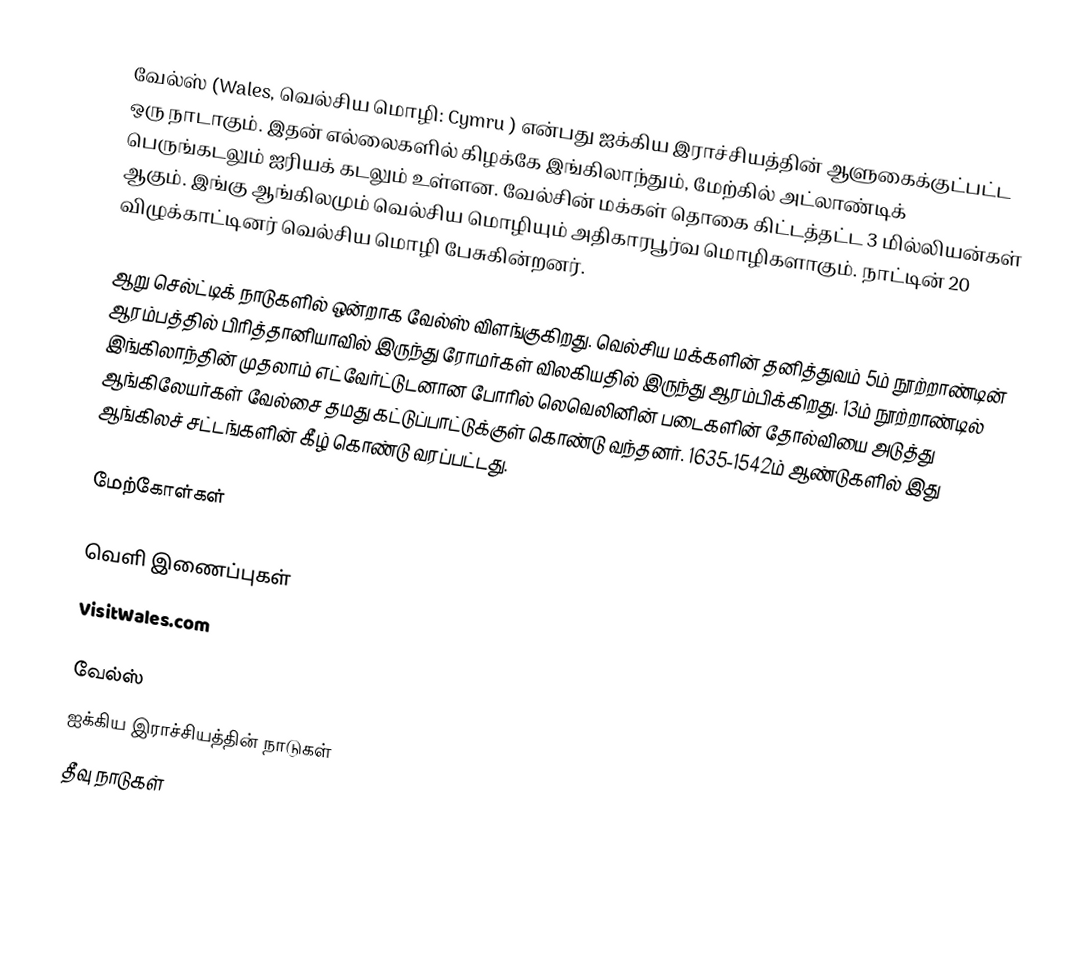
வேல்ஸ் (Wales, வெல்சிய மொழி: Cymru ) என்பது ஐக்கிய இராச்சியத்தின் ஆளுகைக்குட்பட்ட ஒரு நாடாகும். இதன் எல்லைகளில் கிழக்கே இங்கிலாந்தும், மேற்கில் அட்லாண்டிக் பெருங்கடலும் ஐரியக் கடலும் உள்ளன. வேல்சின் மக்கள் தொகை கிட்டத்தட்ட 3 மில்லியன்கள் ஆகும். இங்கு ஆங்கிலமும் வெல்சிய மொழியும் அதிகாரபூர்வ மொழிகளாகும். நாட்டின் 20 விழுக்காட்டினர் வெல்சிய மொழி பேசுகின்றனர்.

ஆறு செல்ட்டிக் நாடுகளில் ஒன்றாக வேல்ஸ் விளங்குகிறது. வெல்சிய மக்களின் தனித்துவம் 5ம் நூற்றாண்டின் ஆரம்பத்தில் பிரித்தானியாவில் இருந்து ரோமர்கள் விலகியதில் இருந்து ஆரம்பிக்கிறது. 13ம் நூற்றாண்டில் இங்கிலாந்தின் முதலாம் எட்வேர்ட்டுடனான போரில் லெவெலினின் படைகளின் தோல்வியை அடுத்து ஆங்கிலேயர்கள் வேல்சை தமது கட்டுப்பாட்டுக்குள் கொண்டு வந்தனர். 1635-1542ம் ஆண்டுகளில் இது ஆங்கிலச் சட்டங்களின் கீழ் கொண்டு வரப்பட்டது.

மேற்கோள்கள்

வெளி இணைப்புகள்
 VisitWales.com

வேல்ஸ்
ஐக்கிய இராச்சியத்தின் நாடுகள்
தீவு நாடுகள்